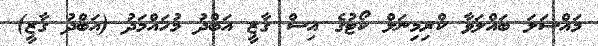
މައްސަލަ ބައްލަވާ ކްރިމިނަލް ކޯޓުގެ އިސް ގާޒީ އަބްދު މުހައްމަދު (އަބްދު ގާޒީ)